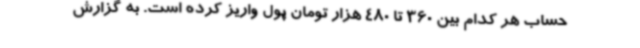
حساب هر کدام بین 360 تا 480 هزار تومان پول واریز کرده است. به گزارش